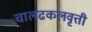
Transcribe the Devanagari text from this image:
चालढकलवृत्ती